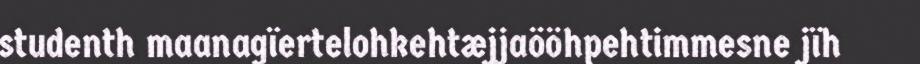
studenth maanagïertelohkehtæjjaööhpehtimmesne jïh